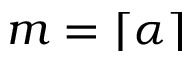
m = \lceil \alpha \rceil